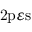
\mathrm { 2 p } \varepsilon \mathrm { s }